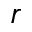
r